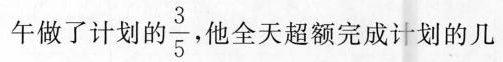
午做了计划的 \frac {3} {5} 他全天超额完成计划的几